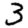
Digit: 3